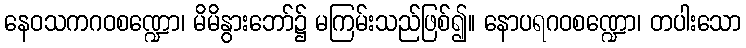
နေဝသကဂဝစဏ္ဍော၊ မိမိနွားဘော်၌ မကြမ်းသည်ဖြစ်၍။ နောပရဂဝစဏ္ဍော၊ တပါးသော